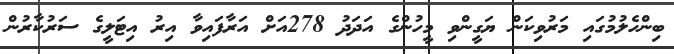
ބިންހެލުމުގައި މަރުވިކަން ޔަގީންވި މީހުންގެ އަދަދު 278އަށް އަރާފައިވާ އިރު އިޓަލީގެ ސަރުކާރުން